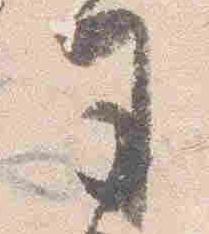
司